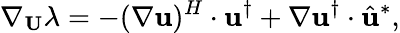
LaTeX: \nabla_{\mathbf{U}}\lambda=-(\nabla\mathbf{u})^{H}\cdot\mathbf{u}^{\dagger}+\nabla\mathbf{u}^{\dagger}\cdot\hat{\mathbf{u}}^{*},